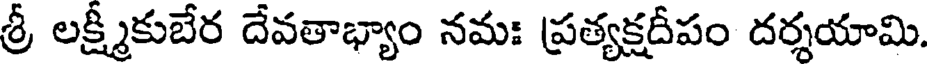
శ్రీ లక్ష్మీకుబేర దేవతాభ్యాం నమః ప్రత్యక్షదీపం దర్శయామి.